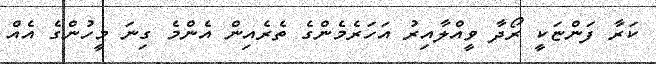
ކަރާ ފަންޏަކީ ރޯދާ ވީއްލާއިރު އަހަރެމެންގެ ތެރެއިން އެންމެ ގިނަ މީހުންގެ އެއް